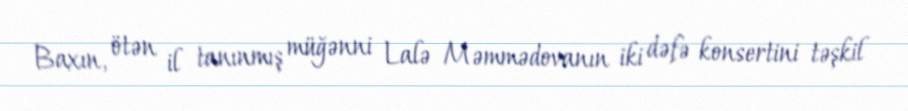
Baxın, ötən il tanınmış müğənni Lalə Məmmədovanın iki dəfə konsertini təşkil